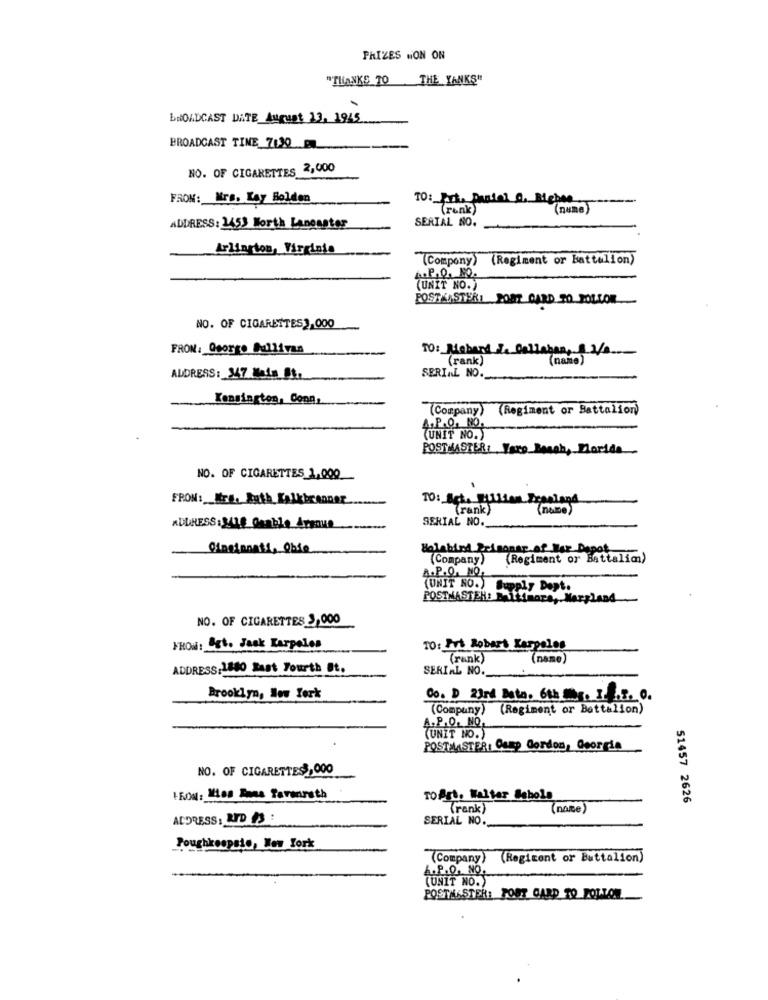
PRIZES MON ON
"THANKS TO THE YANKS"
BROADCAST DATE_August 13, 1945
BROADCAST TINE 7:30
NO. OF CIGARETTES 2,000
FRON: Mrs. Lay Bolden
(renk
(name)
SERIAL NO.
ADDRESS: 1453 Worth Lanesster
Arlington, Virginia
(Compony) (Regiment or Battellon)
P.O. NO.
(UNIT NO.)
POSTKASTERI POST CARD TO POLLOR
NO. OF CIGARETTES), 000
FRON: Qsorge Sullivan
TO: Miobard Za Dellaban, 8 3/ ....
(rank)
(name)
SERIAL NO.
ADDRESS: 147 Main St.
Kensington, Conn,
(Company) (Regiment or Battalion)
(UNIT NO.)
POSTMASTER: Vero Beach, Florida
NO. OF CIGARETTES 1,000
FROM: WIE, Ruth Kalkbrenner
(rank)
(name)
SERIAL NO.
ADDRESS : 3418 Gaable_Avenue
Holabird Prisonar.of War Depot
(Company)
(Regiment or Battalim)
(UNIT NO.) Supply Dept.
POSTMASTEH: Baltimore, Maryland
NO. OF CIGARETTES 3,000
FHON: Sgt. Jaak Karpelos
TO: Pvt Robars Karpales
(rank)
(name)
ADDRESS:1840 Last Fourth St.
SERIAL NO.
Brooklyn, New York
Co. D 23rd Bato. 6th Ms. I. ... ..
(Company) (Regiment or Battalion)
A.P.Q. NO,
(UNIT NO.)
POSTMASTER: Camp Gordon, Georgia
NO. OF CIGARETTES , 000
FROM: 100 Dana Tavenrath
TOArt. Waltar Sabols
51457 2626
(rank)
(name)
ADDRESS: LID #3 :
SERIAL NO.
Poughkeepsie, New York
(Company) (Regicent or Battalion)
A.P.O. NO.
(UNIT NO.)
POSTMASTER: FOUT CARD TO FOLLOW